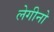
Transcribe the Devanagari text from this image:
लेगीनो